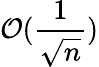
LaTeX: \mathcal{O}(\frac{1}{\sqrt{n}})